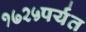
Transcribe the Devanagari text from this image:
१७२५पर्यंत